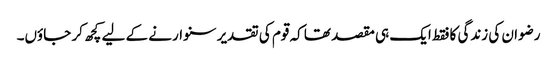
رضوان کی زندگی کا فقط ایک ہی مقصد تھا کہ قوم کی تقدیر سنوارنے کے لیے کچھ کر جاؤں۔